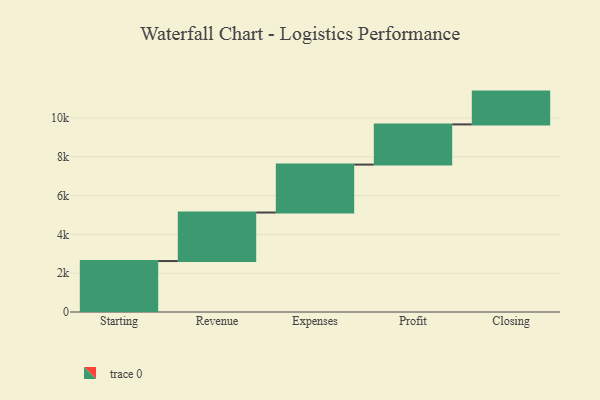
{"axis": {"x": "Step", "y": "Value"}, "legend": [""], "data": [{"x": "Starting", "y": 2626.0, "type": ""}, {"x": "Revenue", "y": 2500.0, "type": ""}, {"x": "Expenses", "y": 2470.0, "type": ""}, {"x": "Profit", "y": 2071.0, "type": ""}, {"x": "Closing", "y": 1690.0, "type": ""}]}